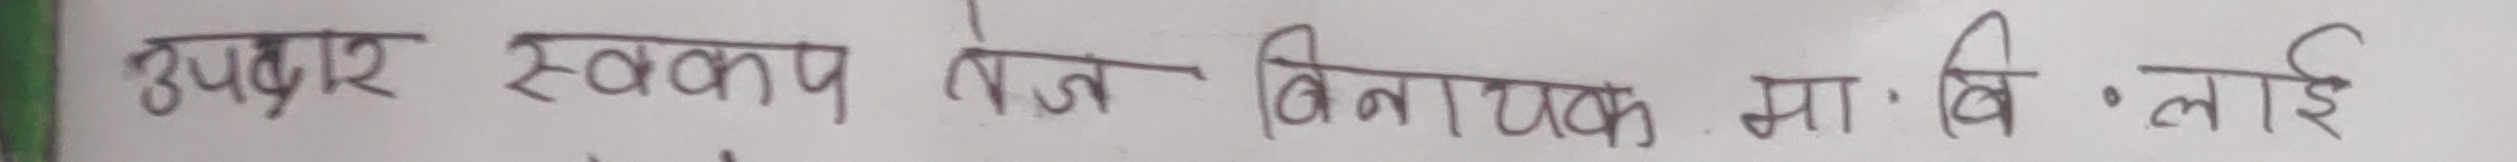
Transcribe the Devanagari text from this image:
उपर स्वरूप तेज बिनायक मा.वि. लाई